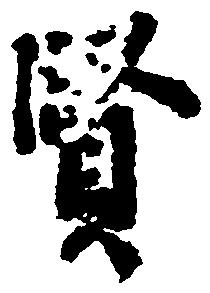
賢